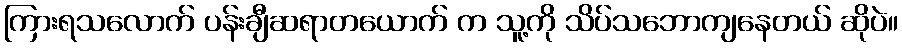
ကြားရသလောက် ပန်းချီဆရာတယောက် က သူ့ကို သိပ်သဘောကျနေတယ် ဆိုပဲ။